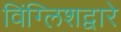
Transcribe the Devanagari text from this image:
विंग्लिशद्वारे